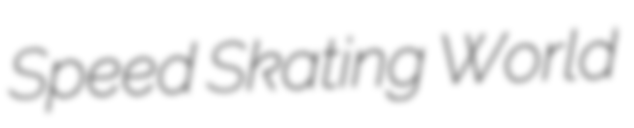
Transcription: Speed Skating World